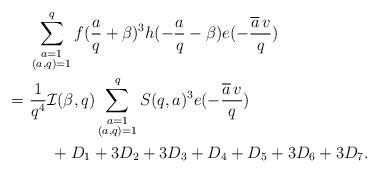
LaTeX: \begin{align*}&\ \sum_{\substack{a=1\\ (a,q)=1}}^qf(\frac{a}{q}+\beta)^3h(-\frac{a}{q}-\beta)e(-\frac{\overline{a}\,v}{q})\\=&\ \frac{1}{q^4}\mathcal{I}(\beta,q)\sum_{\substack{a=1\\(a,q)=1}}^qS(q,a)^3e(-\frac{\overline{a}\,v}{q})\\&\ \ \ \ \ +D_1+3D_2+3D_3+D_4+D_5+3D_6+3D_7.\end{align*}